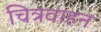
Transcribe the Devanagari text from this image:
चित्रवाहन